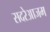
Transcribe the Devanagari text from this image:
सदरेआजम